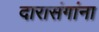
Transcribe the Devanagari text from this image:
दारासंगांना